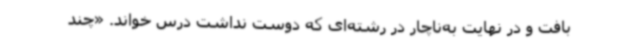
بافت و در نهایت به‌ناچار در رشته‌ای که دوست نداشت درس خواند. «چند‌